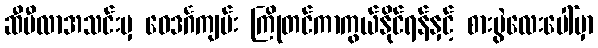
ဆီဗီလာအသင်းမှ ဝေဒင်္ဂကျမ်း ကြိုတင်ကာကွယ်နိုင်ရန်နှင့် စားပွဲလေးပေါ်မှာ